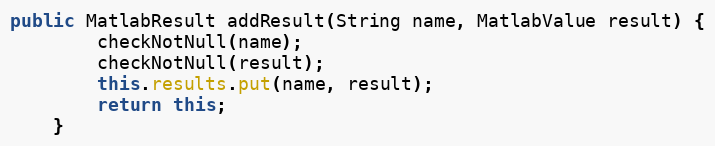
Language: Java
public MatlabResult addResult(String name, MatlabValue result) {
        checkNotNull(name);
        checkNotNull(result);
        this.results.put(name, result);
        return this;
    }